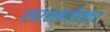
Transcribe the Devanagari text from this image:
सरस्वतीतंत्र